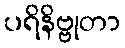
ပရိနိဗ္ဗုတာ